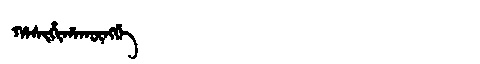
Manchu: ᡥᠠᠰᡳᡥᡳᡥᠠᡴᡡᠩᡤᡝ
Romanization: HASIHIHAKŪNGGE